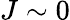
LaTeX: J\sim 0